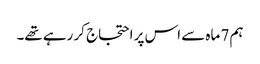
ہم 7 ماہ سے اس پر احتجاج کر رہے تھے۔